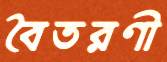
বৈতরণী